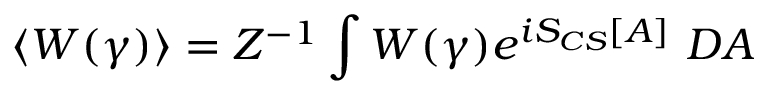
\langle W ( \gamma ) \rangle = Z ^ { - 1 } \int W ( \gamma ) e ^ { i S _ { C S } [ A ] } \ { \cal D } A